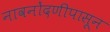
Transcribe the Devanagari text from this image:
नावनोंदणीपासून